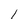
Character: l